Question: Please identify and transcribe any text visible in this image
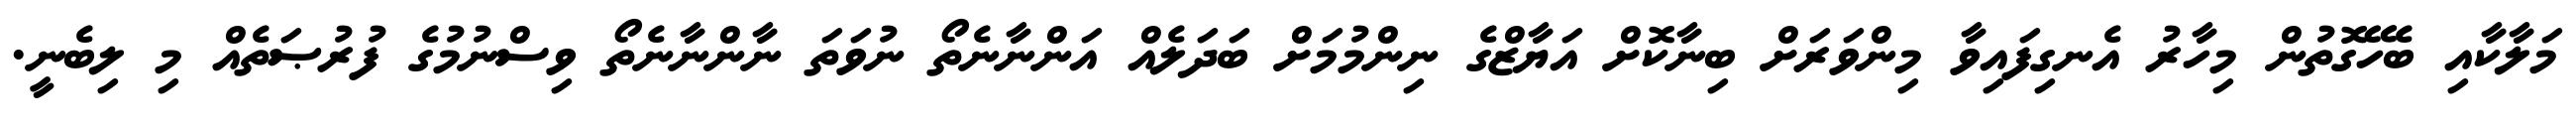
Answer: މަލާކާއި ބެހޭގޮތުން މިހާރު އެނގިފައިވާ މިންވަރަށް ބިނާކޮށް އަޔާޒްގެ ނިންމުމަށް ބަދަލެއް އަންނާނެތޯ ނުވަތަ ނާންނާނެތޯ ވިސްނުމުގެ ފުރުޞަތެއް މި ލިބެނީ.